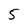
Character: 5